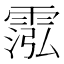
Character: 霐